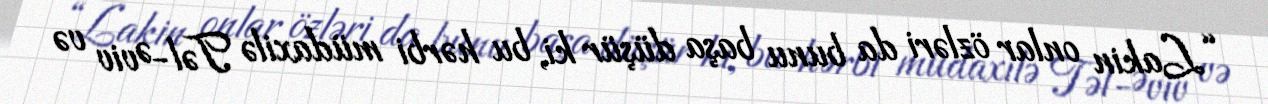
“Lakin onlar özləri da bunu başa düşür ki, bu hərbi müdaxilə Təl-Əviv və